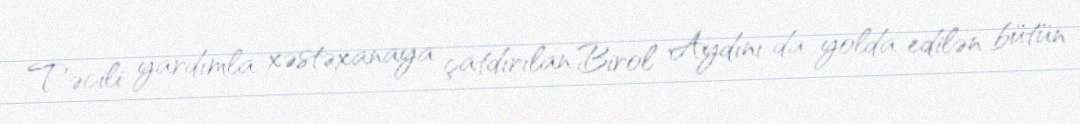
Təcili yardımla xəstəxanaya çatdırılan Birol Aydını da yolda edilən bütün